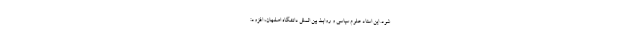
شود. این استاد علوم سیاسی و روابط بین الملل دانشگاه اصفهان، افزود: